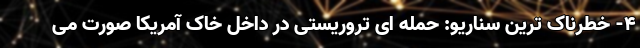
4- خطرناک ترین سناریو: حمله ای تروریستی در داخل خاک آمریکا صورت می